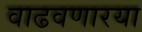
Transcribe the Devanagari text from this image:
वाढवणारया